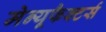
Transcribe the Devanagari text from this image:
मेन्यूफैक्टर्स